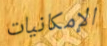
الإمكانيات